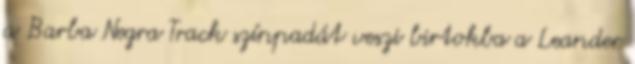
a Barba Negra Track színpadát veszi birtokba a Leander